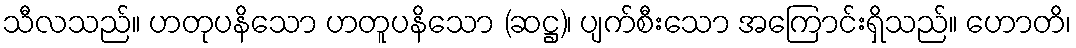
သီလသည်။ ဟတုပနိသော ဟတူပနိသော (ဆဋ္ဌ)၊ ပျက်စီးသော အကြောင်းရှိသည်။ ဟောတိ၊